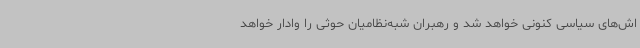
اش‌های سیاسی کنونی خواهد شد و رهبران شبه‌نظامیان حوثی را وادار خواهد